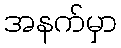
အနက်မှာ